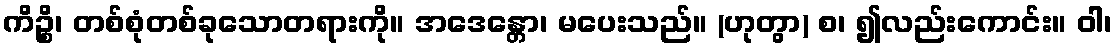
ကိဉ္စိ၊ တစ်စုံတစ်ခုသောတရားကို။ အဒေန္တော၊ မပေးသည်။ (ဟုတွာ) စ၊ ၍လည်းကောင်း။ ဝါ၊